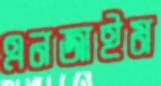
এনজাইম